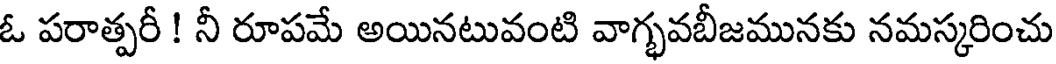
ఓ పరాత్పరీ ! నీ రూపమే అయినటువంటి వాగ్భవబీజమునకు నమస్కరించు